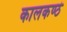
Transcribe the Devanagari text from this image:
कालकण्ठं